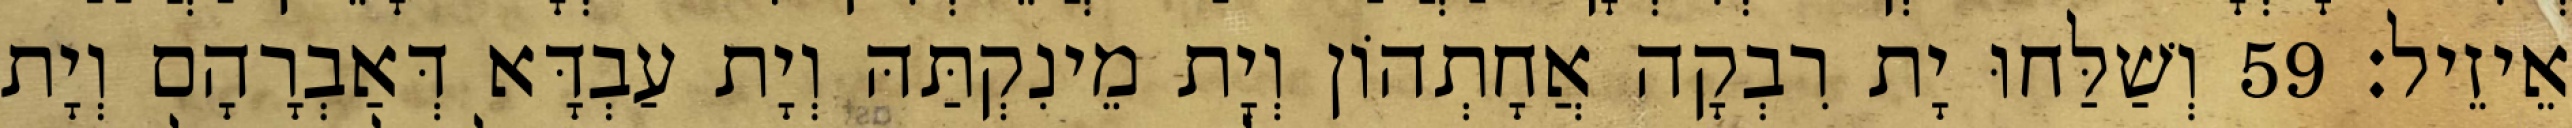
אֵיזֵיל׃ 59 וְשַׁלַּחוּ יָת רִבְקָה אֲחָתְהוֹן וְיָת מֵינִקְתַּהּ וְיָת עַבְדָּא דְּאַבְרָהָם וְיָת